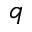
q